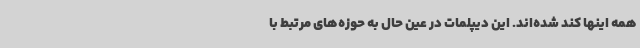
همه اینها کند شده‌اند. این دیپلمات در عین حال به حوزه‌های مرتبط با